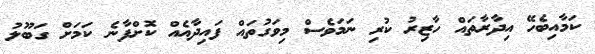
ކަމާއިބެހޭ އިދާރާތައް ހާޒިރު ކުރި ނަމަވެސް މިވަގުތައް ފައިދާއެއް ކޮށްފާނެ ކަމަށް ގަބޫލު